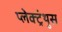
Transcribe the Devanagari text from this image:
प्लेक्ट्रंथुस